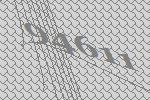
94611